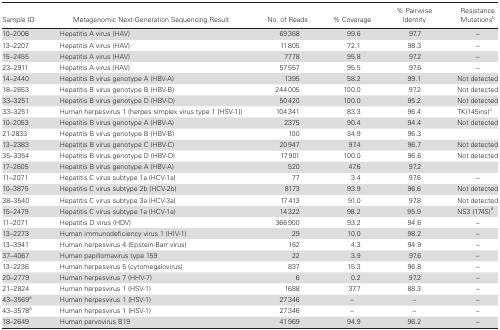
<table><thead><tr><td><b>Sample ID</b></td><td><b>Metagenomic Next-Generation Sequencing Result</b></td><td><b>No. of Reads</b></td><td><b>% Coverage</b></td><td><b>% Pairwise Identity</b></td><td><b>Resistance Mutations<sup>b</sup></b></td></tr></thead><tbody><tr><td>10–2006</td><td>Hepatitis A virus (HAV)</td><td>69368</td><td>99.6</td><td>97.7</td><td>–</td></tr><tr><td>13–2207</td><td>Hepatitis A virus (HAV)</td><td>11805</td><td>72.1</td><td>98.3</td><td>–</td></tr><tr><td>15–2455</td><td>Hepatitis A virus (HAV)</td><td>7778</td><td>95.8</td><td>97.2</td><td>–</td></tr><tr><td>23–2911</td><td>Hepatitis A virus (HAV)</td><td>57557</td><td>95.5</td><td>97.6</td><td>–</td></tr><tr><td>14–2440</td><td>Hepatitis B virus genotype A (HBV-A)</td><td>1395</td><td>58.2</td><td>99.1</td><td>Not detected</td></tr><tr><td>18–2653</td><td>Hepatitis B virus genotype B (HBV-B)</td><td>244005</td><td>100.0</td><td>97.2</td><td>Not detected</td></tr><tr><td>33–3251</td><td>Hepatitis B virus genotype D (HBV-D)</td><td>50420</td><td>100.0</td><td>95.2</td><td>Not detected</td></tr><tr><td>33–3251</td><td>Human herpesvirus 1 (herpes simplex virus type 1 [HSV-1])</td><td>104341</td><td>83.3</td><td>96.4</td><td>TK(145ins)c</td></tr><tr><td>10–2053</td><td>Hepatitis B virus genotype A (HBV-A)</td><td>2375</td><td>90.4</td><td>94.4</td><td>Not detected</td></tr><tr><td>21-2833</td><td>Hepatitis B virus genotype B (HBV-B)</td><td>100</td><td>34.9</td><td>96.3</td><td></td></tr><tr><td>13–2383</td><td>Hepatitis B virus genotype C (HBV-C)</td><td>20947</td><td>97.4</td><td>96.7</td><td>Not detected</td></tr><tr><td>35–3354</td><td>Hepatitis B virus genotype D (HBV-D)</td><td>17901</td><td>100.0</td><td>96.6</td><td>Not detected</td></tr><tr><td>17–2605</td><td>Hepatitis B virus genotype A (HBV-A)</td><td>520</td><td>47.6</td><td>97.2</td><td></td></tr><tr><td>11–2071</td><td>Hepatitis C virus subtype 1a (HCV-1a)</td><td>77</td><td>3.4</td><td>97.6</td><td>–</td></tr><tr><td>10–3875</td><td>Hepatitis C virus subtype 2b (HCV-2b)</td><td>8173</td><td>93.9</td><td>96.6</td><td>Not detected</td></tr><tr><td>38–3540</td><td>Hepatitis C virus subtype 3a (HCV-3a)</td><td>17413</td><td>91.0</td><td>97.8</td><td>Not detected</td></tr><tr><td>15–2479</td><td>Hepatitis C virus subtype 1a (HCV-1a)</td><td>14322</td><td>98.2</td><td>95.9</td><td>NS3 (174S)<sup>d</sup></td></tr><tr><td>11–2071</td><td>Hepatitis D virus (HDV)</td><td>366900</td><td>93.2</td><td>94.6</td><td>–</td></tr><tr><td>13–2273</td><td>Human immunodeficiency virus 1 (HIV-1)</td><td>29</td><td>10.0</td><td>98.2</td><td>–</td></tr><tr><td>13–3941</td><td>Human herpesvirus 4 (Epstein-Barr virus)</td><td>162</td><td>4.3</td><td>94.9</td><td>–</td></tr><tr><td>37–4067</td><td>Human papillomavirus type 159</td><td>22</td><td>3.9</td><td>97.6</td><td>–</td></tr><tr><td>13–2236</td><td>Human herpesvirus 5 (cytomegalovirus)</td><td>837</td><td>15.3</td><td>96.8</td><td>–</td></tr><tr><td>20–2779</td><td>Human herpesvirus 7 (HHV-7)</td><td>6</td><td>0.2</td><td>97.2</td><td>–</td></tr><tr><td>21–2824</td><td>Human herpesvirus 1 (HSV-1)</td><td>1688</td><td>37.7</td><td>88.3</td><td>–</td></tr><tr><td>43–3569<sup>a</sup></td><td>Human herpesvirus 1 (HSV-1)</td><td>27346</td><td>–</td><td>–</td><td>–</td></tr><tr><td>43–3578<sup>a</sup></td><td>Human herpesvirus 1 (HSV-1)</td><td>27346</td><td>–</td><td>–</td><td>–</td></tr><tr><td>18–2649</td><td>Human parvovirus B19</td><td>41969</td><td>94.9</td><td>96.2</td><td>–</td></tr></tbody></table>